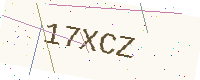
Text: 17XCZ